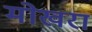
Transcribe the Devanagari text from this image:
मोखरा